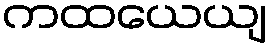
ကထယေယျ